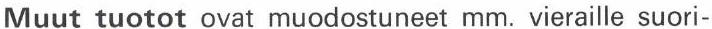
Muut tuotot ovat muodostuneet mm. vieraille suori-